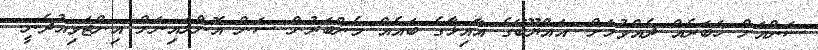
ސަންއަށް ޚަބަރެއް ދެއްވުމަށް: އައްޔޫބޭގެ އާއިޅާގެ ބައެއް މެންބަރުން ސަން އޮންލައިނަށް އިންޓަވިއުދެނީ: